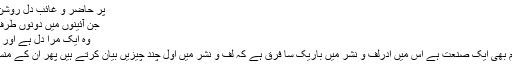
پر حاضر و غائب دل روشن کا ہے اک طور
جن آئینوں میں دونوں طرف ایک چمک ہے
وہ ایک مرا دل ہے اور اک مہر فلک ہے
صنعت سے تقسیم بھی ایک صنعت ہے اس میں ادرلف و نشر میں باریک سا فرق ہے کہ لف و نشر میں اول چند چیزیں بیان کرتے ہیں پھر ان کے منسوبات لاتے ہیں ۔